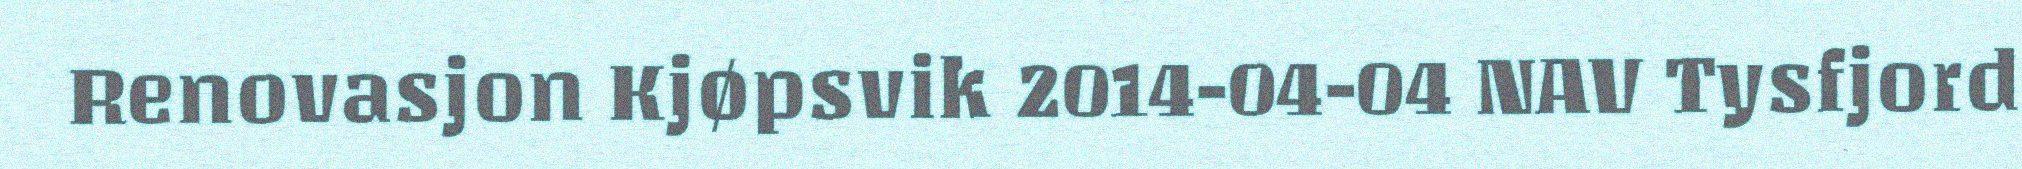
Renovasjon Kjøpsvik 2014-04-04 NAV Tysfjord